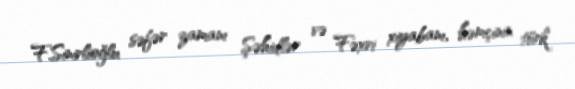
F.Sinirlioğlu səfər zamanı Şəhidlər və Fəxri xiyabanı, həmçinin türk